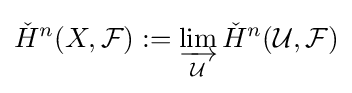
{\check {H}}^{n}(X,{\mathcal {F}}):=\varinjlim _{\mathcal {U}}{\check {H}}^{n}({\mathcal {U}},{\mathcal {F}})